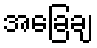
အခြေချ